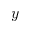
y